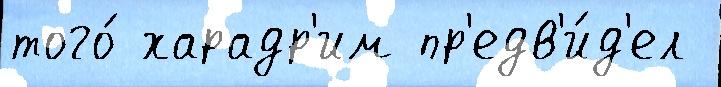
того́ харадр'им пр'едв'и́д'ел